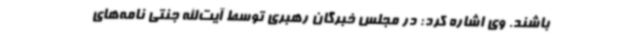
باشند. وی اشاره کرد: در مجلس خبرگان رهبری توسط آیت‌الله جنتی نامه‌های